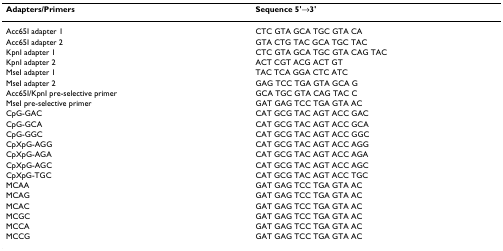
| Adapters/Primers | Sequence 5'→3' |
 | --- | --- |
 | Acc65I adapter 1 | CTC GTA GCA TGC GTA CA |
 | Acc65I adapter 2 | GTA CTG TAC GCA TGC TAC |
 | KpnI adapter 1 | CTC GTA GCA TGC GTA CAG TAC |
 | KpnI adapter 2 | ACT CGT ACG ACT GT |
 | MseI adapter 1 | TAC TCA GGA CTC ATC |
 | MseI adapter 2 | GAG TCC TGA GTA GCA G |
 | Acc65I/KpnI pre-selective primer | GCA TGC GTA CAG TAC C |
 | MseI pre-selective primer | GAT GAG TCC TGA GTA AC |
 | CpG-GAC | CAT GCG TAC AGT ACC GAC |
 | CpG-GCA | CAT GCG TAC AGT ACC GCA |
 | CpG-GGC | CAT GCG TAC AGT ACC GGC |
 | CpXpG-AGG | CAT GCG TAC AGT ACC AGG |
 | CpXpG-AGA | CAT GCG TAC AGT ACC AGA |
 | CpXpG-AGC | CAT GCG TAC AGT ACC AGC |
 | CpXpG-TGC | CAT GCG TAC AGT ACC TGC |
 | MCAA | GAT GAG TCC TGA GTA AC |
 | MCAG | GAT GAG TCC TGA GTA AC |
 | MCAC | GAT GAG TCC TGA GTA AC |
 | MCGC | GAT GAG TCC TGA GTA AC |
 | MCCA | GAT GAG TCC TGA GTA AC |
 | MCCG | GAT GAG TCC TGA GTA AC |